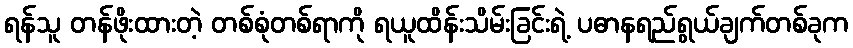
ရန်သူ တန်ဖိုးထားတဲ့ တစ်စုံတစ်ရာကို ရယူထိန်းသိမ်းခြင်းရဲ့ ပဓာနရည်ရွယ်ချက်တစ်ခုက